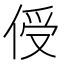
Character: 𪝈